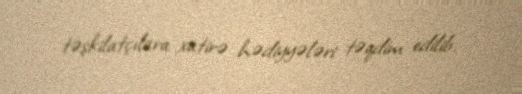
təşkilatçılara xatirə hədiyyələri təqdim edilib.